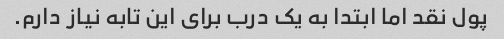
پول نقد اما ابتدا به یک درب برای این تابه نیاز دارم.